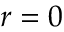
r = 0